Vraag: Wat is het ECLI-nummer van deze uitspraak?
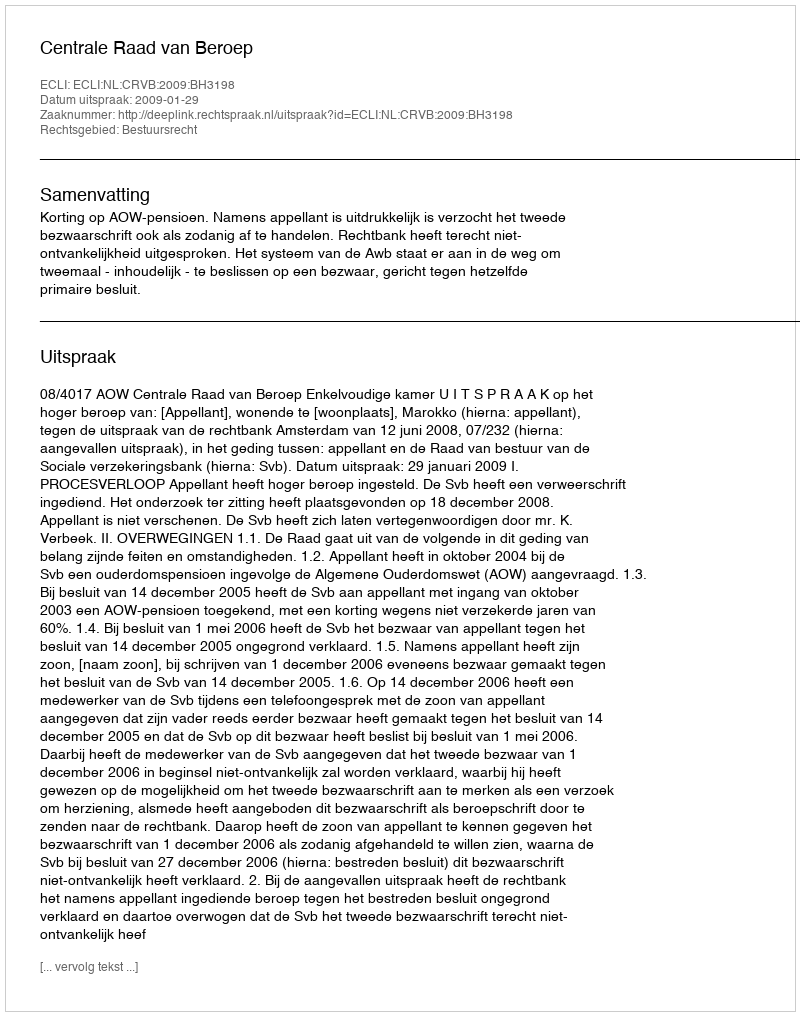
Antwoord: ECLI:NL:CRVB:2009:BH3198